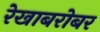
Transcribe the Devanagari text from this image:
रेखाबरोबर